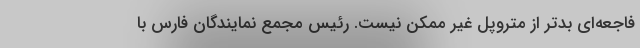
فاجعه‌ای بدتر از متروپل غیر ممکن نیست. رئیس مجمع نمایندگان فارس با